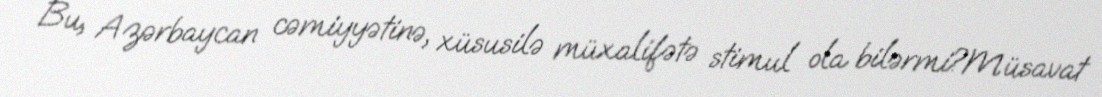
Bu, Azərbaycan cəmiyyətinə, xüsusilə müxalifətə stimul ola bilərmi?Müsavat